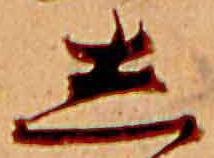
し